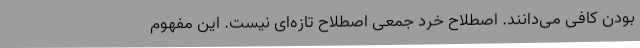
بودن کافی می‌دانند. اصطلاح خرد جمعی اصطلاح تازه‌ای نیست. این مفهوم